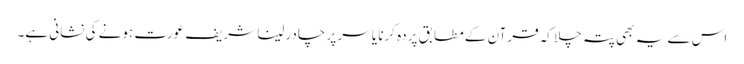
اس سے یہ بھی پتہ چلا کہ قرآن کے مطابق پردہ کرنا یا سر پر چادر لینا شریف عورت ہونے کی نشانی ہے۔